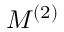
M ^ { ( 2 ) }